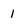
Character: 1